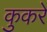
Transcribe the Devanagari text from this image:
कुकरे